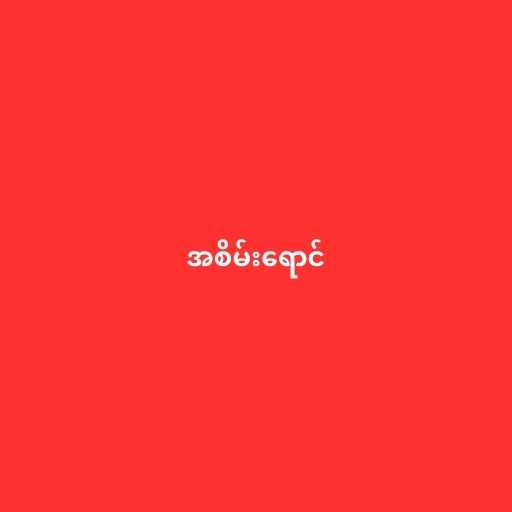
အစိမ်းရောင်